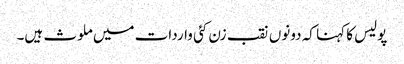
پولیس کا کہنا کہ دونوں نقب زن کئی واردات میں ملوث ہیں۔